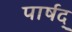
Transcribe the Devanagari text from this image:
पार्षद्